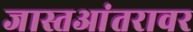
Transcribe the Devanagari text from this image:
जास्तआंतरावर